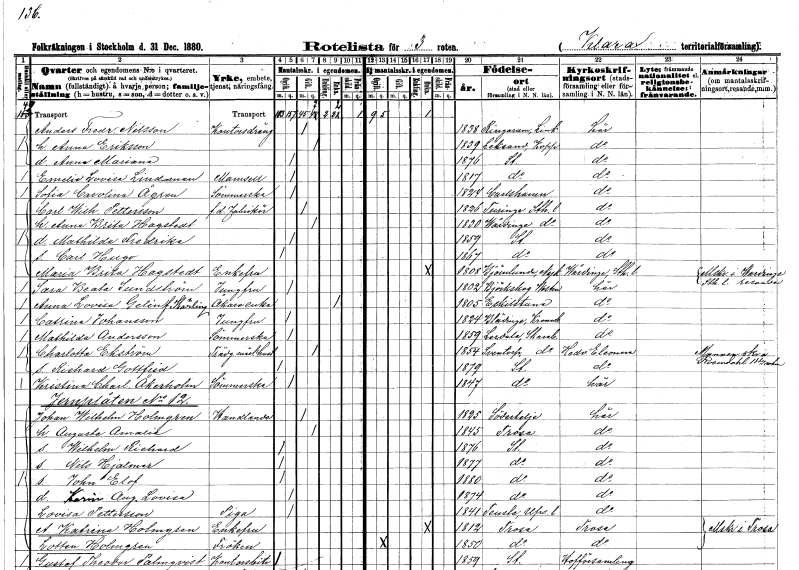
gt_parse: households: individuals: FN: Anders Fredrik
EN: Nilsson
YRKE: Kontorsdräng
KON: M
CIV: G
FODAR: 1838
FODFORS: Ringarum Östergötlands län
FN: Anna
EN: Eriksson
KON: K
CIV: G
FODAR: 1839
FODFORS: Leksand Kopparbergs län
FN: Anna Mariana
KON: K
CIV: O
FODAR: 1876
FODFORS: Stockholm
FN: Emelie Lovisa
EN: Lindman
KON: K
CIV: O
FODAR: 1817
FODFORS: Stockholm
FN: Sofia Carolina
EN: Ågren
YRKE: Sömmerska
KON: K
CIV: O
FODAR: 1824
FODFORS: Karlshamn Blekinge län
FN: Carl Wilhelm
EN: Pettersson
YRKE: Fabrikör f.d.
KON: M
CIV: G
FODAR: 1826
FODFORS: Turinge Stockholms län
FN: Anna Brita
EN: Hagstedt
KON: K
CIV: G
FODAR: 1830
FODFORS: Vårdinge Stockholms län
FN: Mathilda Fredrika
KON: K
CIV: O
FODAR: 1859
FODFORS: Stockholm
FN: Carl Hugo
KON: M
CIV: O
FODAR: 1867
FODFORS: Stockholm
FN: Maria Brita
EN: Hagstedt
KON: K
CIV: E
FODAR: 1808
FODFORS: Björnlunda Södermanlands län
FN: Sara Beata
EN: Sundström
YRKE: Jungfru
KON: K
CIV: O
FODAR: 1802
FODFORS: Björskog Västmanlands län
FN: Anna Lovisa
EN: Gelin Härling
YRKE: Åkareänka
KON: K
CIV: E
FODAR: 1805
FODFORS: Eskilstuna Södermanlands län
FN: Catrina
EN: Johansson
YRKE: Jungfru
KON: K
CIV: O
FODAR: 1824
FODFORS: Blädinge Kronobergs län
FN: Mathilda
EN: Andersson
YRKE: Sömmerska
KON: K
CIV: O
FODAR: 1859
FODFORS: Lerdala Skaraborgs län
FN: Charlotta
EN: Ekström
YRKE: Trädgårdsmästarehustru
KON: K
CIV: G
FODAR: 1854
FODFORS: Sventorp Skaraborgs län
FN: Richard Gottfrid
KON: M
CIV: O
FODAR: 1879
FODFORS: Stockholm
FN: Kristina Charlotta
EN: Åkerholm
YRKE: Sömmerska
KON: K
CIV: O
FODAR: 1847
FODFORS: Stockholm
FN: Johan Wilhelm
EN: Holmgren
YRKE: Handlande
KON: M
CIV: G
FODAR: 1825
FODFORS: Södertälje Stockholms län
FN: Augusta Amalia
KON: K
CIV: G
FODAR: 1845
FODFORS: Trosa Södermanlands län
FN: Wilhelm Richard
KON: M
CIV: O
FODAR: 1876
FODFORS: Stockholm
FN: Nils Hjalmar
KON: M
CIV: O
FODAR: 1877
FODFORS: Stockholm
FN: John Elof
KON: M
CIV: O
FODAR: 1880
FODFORS: Stockholm
FN: Karin Augusta Lovisa
KON: K
CIV: O
FODAR: 1874
FODFORS: Stockholm
FN: Lovisa
EN: Pettersson
YRKE: Piga
KON: K
CIV: O
FODAR: 1841
FODFORS: Tensta Uppsala län
FN: A. Katrina
EN: Holmgren
KON: K
CIV: E
FODAR: 1812
FODFORS: Trosa Södermanlands län
FN: Lotten
EN: Holmgren
KON: K
CIV: O
FODAR: 1850
FODFORS: Trosa Södermanlands län
FN: Gustaf Theodor
EN: Palmqvist
YRKE: Kontorsbiträde
KON: M
CIV: O
FODAR: 1859
FODFORS: Stockholm